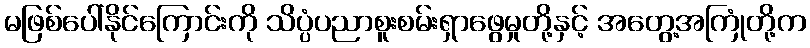
မဖြစ်ပေါ်နိုင်ကြောင်းကို သိပ္ပံပညာစူးစမ်းရှာဖွေမှုတို့နှင့် အတွေ့အကြုံတို့က